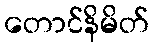
တောင်နိမိတ်